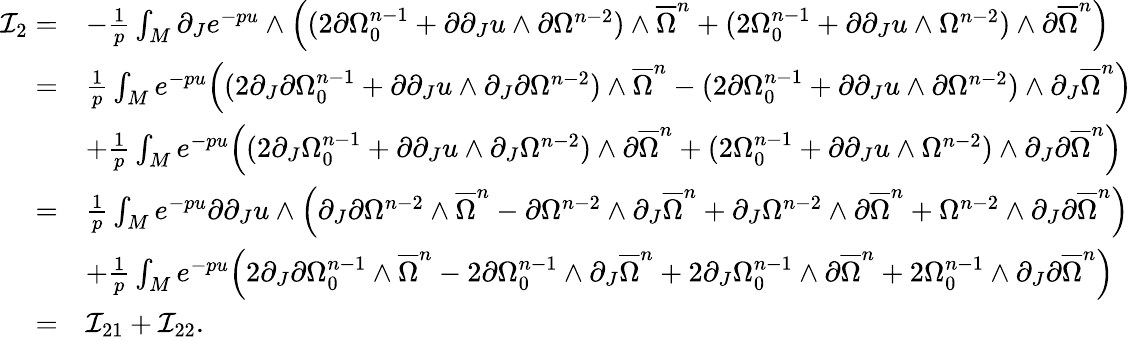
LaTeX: \begin{array}{rl}{\mathcal{I}_{2}=}&{-\frac{1}{p}\int_{M}{\partial_{J}e^{-pu}\wedge\Big((2\partial\Omega_{0}^{n-1}+\partial\partial_{J}u\wedge\partial\Omega^{n-2})\wedge{\overline{\Omega}}^{n}+(2\Omega_{0}^{n-1}+\partial\partial_{J}u\wedge\Omega^{n-2})\wedge\partial{\overline{\Omega}}^{n}\Big)}}\\ {=}&{\frac{1}{p}\int_{M}{e^{-pu}\Big((2\partial_{J}\partial\Omega_{0}^{n-1}+\partial\partial_{J}u\wedge\partial_{J}\partial\Omega^{n-2})\wedge{\overline{\Omega}}^{n}-(2\partial\Omega_{0}^{n-1}+\partial\partial_{J}u\wedge\partial\Omega^{n-2})\wedge\partial_{J}{\overline{\Omega}}^{n}\Big)}}\\ &{+\frac{1}{p}\int_{M}{e^{-pu}\Big((2\partial_{J}\Omega_{0}^{n-1}+\partial\partial_{J}u\wedge\partial_{J}\Omega^{n-2})\wedge\partial{\overline{\Omega}}^{n}+(2\Omega_{0}^{n-1}+\partial\partial_{J}u\wedge\Omega^{n-2})\wedge{\partial_{J}\partial\overline{\Omega}}^{n}\Big)}}\\ {=}&{\frac{1}{p}\int_{M}{e^{-pu}\partial\partial_{J}u\wedge\Big(\partial_{J}\partial\Omega^{n-2}\wedge{\overline{\Omega}}^{n}-\partial\Omega^{n-2}\wedge\partial_{J}{\overline{\Omega}}^{n}+\partial_{J}\Omega^{n-2}\wedge\partial{\overline{\Omega}}^{n}+\Omega^{n-2}\wedge\partial_{J}\partial{\overline{\Omega}}^{n}\Big)}}\\ &{+\frac{1}{p}\int_{M}{e^{-pu}\Big(2\partial_{J}\partial\Omega_{0}^{n-1}\wedge{\overline{\Omega}}^{n}-2\partial\Omega_{0}^{n-1}\wedge\partial_{J}{\overline{\Omega}}^{n}+2\partial_{J}\Omega_{0}^{n-1}\wedge\partial{\overline{\Omega}}^{n}+2\Omega_{0}^{n-1}\wedge\partial_{J}\partial{\overline{\Omega}}^{n}\Big)}}\\ {=}&{\mathcal{I}_{21}+\mathcal{I}_{22}.}\end{array}